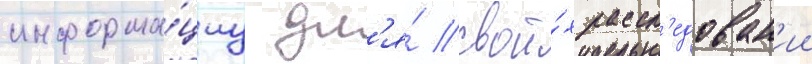
информа́циу дл'я́ свои́х рассл'едован'ии